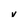
Character: v